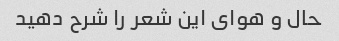
حال و هوای این شعر را شرح دهید